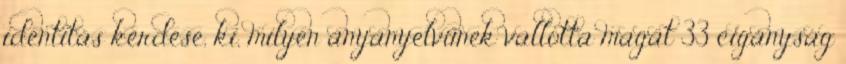
identitás kérdése, ki, milyen anyanyelvűnek vallotta magát 33 cigányság